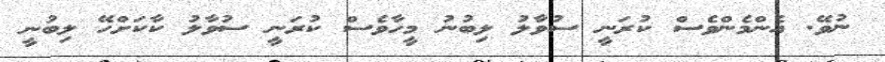
ނުވޭ. އެންމެންވެސް ކުރަނީ ސުވާލު ލިބުނު މީހާވެސް ކުރަނީ ސުވާލު ކާކަށްހޭ ލިބުނީ